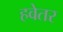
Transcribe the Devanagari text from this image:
हवेतर